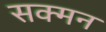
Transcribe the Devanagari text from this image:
सक्मन